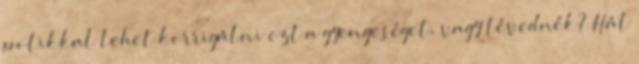
potikkal lehet korrigálni ezt a gyengeséget, vagy tévednék? Hát